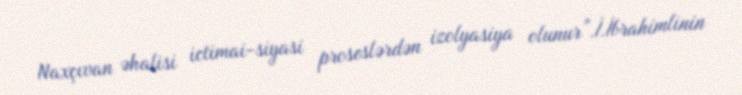
Naxçıvan əhalisi ictimai-siyasi proseslərdən izolyasiya olunur”.İ.İbrahimlinin